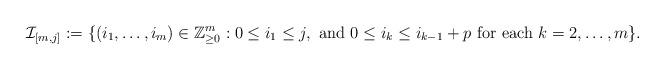
LaTeX: \begin{align*}\mathcal{I}_{[m,j]}:=\{(i_{1},\ldots,i_{m})\in\mathbb{Z}_{\geq 0}^{m} : 0\leq i_{1}\leq j,\,\,\mbox{and}\,\,0\leq i_{k}\leq i_{k-1}+p\,\,\mbox{for each}\,\,k=2,\ldots,m\}.\end{align*}